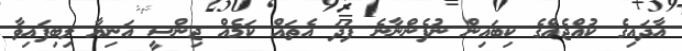
އާދައިގެ ކުއްޖެއްގެ ކިބައިން ނުފެންނާނެ ފަދަ އެތައް ކަމެއް ޖިންސީ އަނިޔާ ލިބިފައިވާ